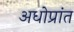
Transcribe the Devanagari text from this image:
अधोप्रांत